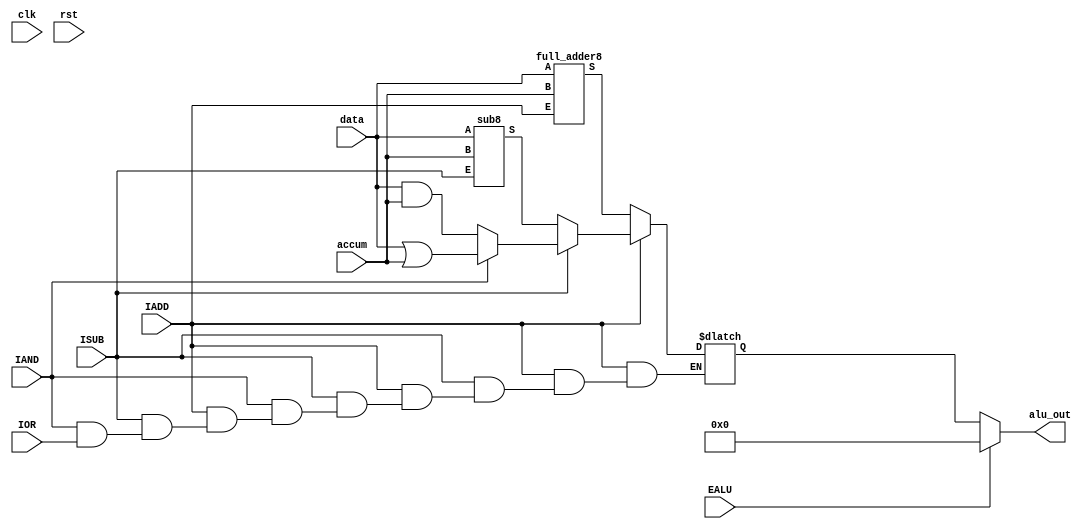
`timescale 1ns / 1ps
//////////////////////////////////////////////////////////////////////////////////
// Company: 
// Engineer: 
// 
// Design Name: 
// Module Name: alu
// Project Name: 
// Target Devices: 
// Tool Versions: 
// Description: 
// 
// Dependencies: 
// 
// Revision:
// Revision 0.01 - File Created
// Additional Comments:
// 
//////////////////////////////////////////////////////////////////////////////////


module alu(
   input wire clk,
   input wire rst,
   input wire EALU,
   input  wire[7:0] data,
   input wire [7:0] accum,
   input wire IADD,
   input wire ISUB,
   input wire IAND,
   input wire IOR,
   output wire[7:0]alu_out
    );
    reg [7:0] result;
    wire[7:0] add_out;
    wire[7:0] sub_out;
    wire[7:0] and_out;
    wire[7:0] or_out;
    assign alu_out=(!EALU)?result:8'h00;
always@(*)
begin
    begin 
     if(!IADD)
     begin result=add_out; end
     else if(!ISUB)
     begin result=sub_out; end
     else if(!IAND)
     begin result=data&accum; end
     else if(!IOR)
     begin result=data|accum; end
    end
end
 full_adder8 u0(accum,data,IADD,add_out);
 sub8 u1(data,accum,ISUB,sub_out);
 
 

endmodule
///8
module full_adder8(
 input wire [7:0] B, //
 input wire [7:0] A,  //
 input wire E,//
 output wire [7:0] S //
);
wire C0;
reg C01=0;
wire C8; //
assign C0=C01;
//
wire C1,C2,C3,C4,C5,C6,C7;
//81
full_adder u0(.Cin(C0),.B(B[0]),.A(A[0]),.S(S[0]),.Cout(C1),.E(E));
full_adder u1(.Cin(C1), .B(B[1]),.A(A[1]),.S(S[1]),.Cout(C2),.E(E));
full_adder u2(.Cin(C2),.B(B[2]),.A(A[2]), .S(S[2]),.Cout(C3),.E(E));
full_adder u3(.Cin(C3),.B(B[3]),.A(A[3]), .S(S[3]),.Cout(C4),.E(E));
full_adder u4(.Cin(C4),.B(B[4]),.A(A[4]),.S(S[4]),.Cout(C5),.E(E));
full_adder u5( .Cin(C5),.B(B[5]),.A(A[5]),.S(S[5]),.Cout(C6),.E(E));
full_adder u6(.Cin(C6),.B(B[6]),.A(A[6]),.S(S[6]),.Cout(C7),.E(E));
full_adder u7(.Cin(C7),.B(B[7]),.A(A[7]),.S(S[7]),.Cout(C8), .E(E));
endmodule
// 
module full_adder(A,B,Cin,S,Cout,E);
 input A; //
 input B; //
 input Cin; //,
 input E;//
 output S; //
 output Cout; //
 wire h; 
 assign h = A^B;
 assign S = (Cin^h)&(!E);
 assign Cout = ((A&B)|(h&Cin))&(!E);
endmodule
module sub8(A, B,E,S);
  input wire [7:0] A;
  input wire [7:0] B;
  input wire E;
  output reg[7:0] S; //diff
  reg Cin; //borrow from high bit
  reg [8:0] c;
  integer k;

  always @(A,B,E) begin
    c[0] = 1'b0;
	 for(k = 0; k < 8; k = k + 1) begin
	     S[k] =(!E)&( A[k]^B[k]^c[k]);
	     c[k+1] =(!E)& (~A[k]&(B[k]^c[k]))|(B[k]&c[k]);
	 end
	 Cin = c[8];

  end

endmodule